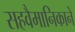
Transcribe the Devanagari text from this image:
सहवैमानिकाने